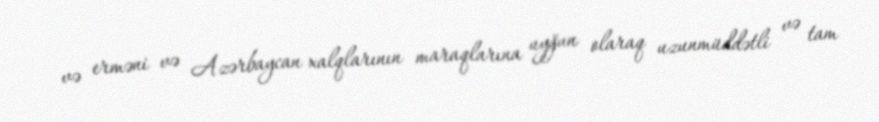
və erməni və Azərbaycan xalqlarının maraqlarına uyğun olaraq uzunmüddətli və tam